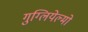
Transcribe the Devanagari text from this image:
गुग्लियेल्मो